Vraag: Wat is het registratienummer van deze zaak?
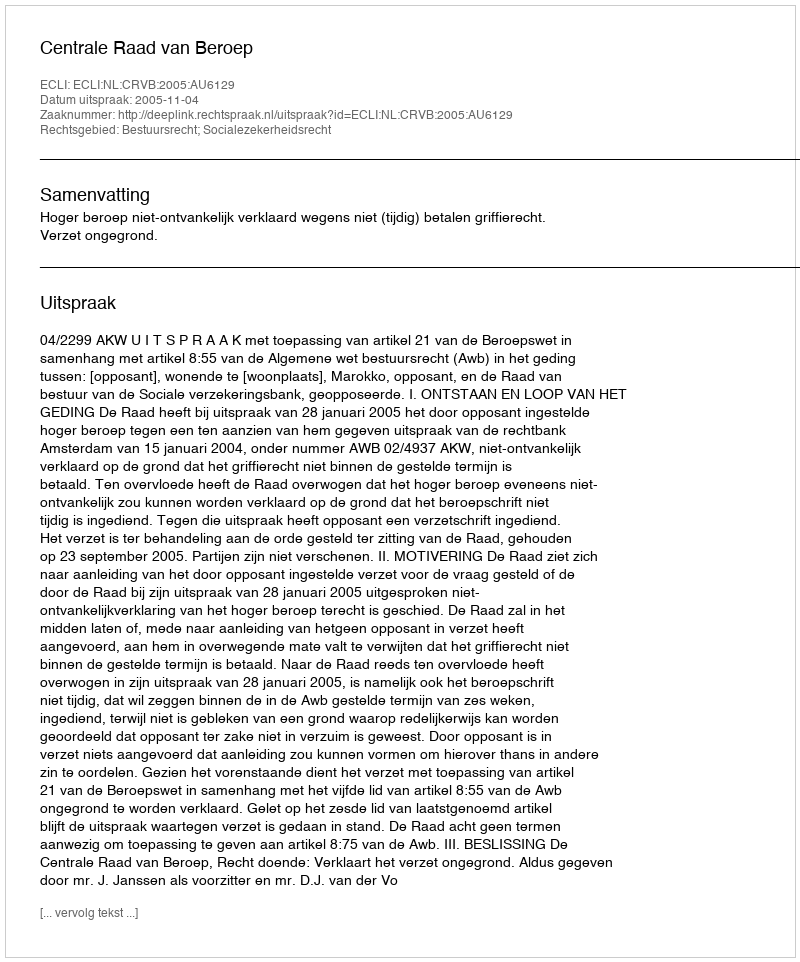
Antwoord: http://deeplink.rechtspraak.nl/uitspraak?id=ECLI:NL:CRVB:2005:AU6129